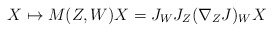
\begin{align*}X \mapsto M(Z,W)X = J_WJ_Z(\nabla_Z J)_WX\end{align*}